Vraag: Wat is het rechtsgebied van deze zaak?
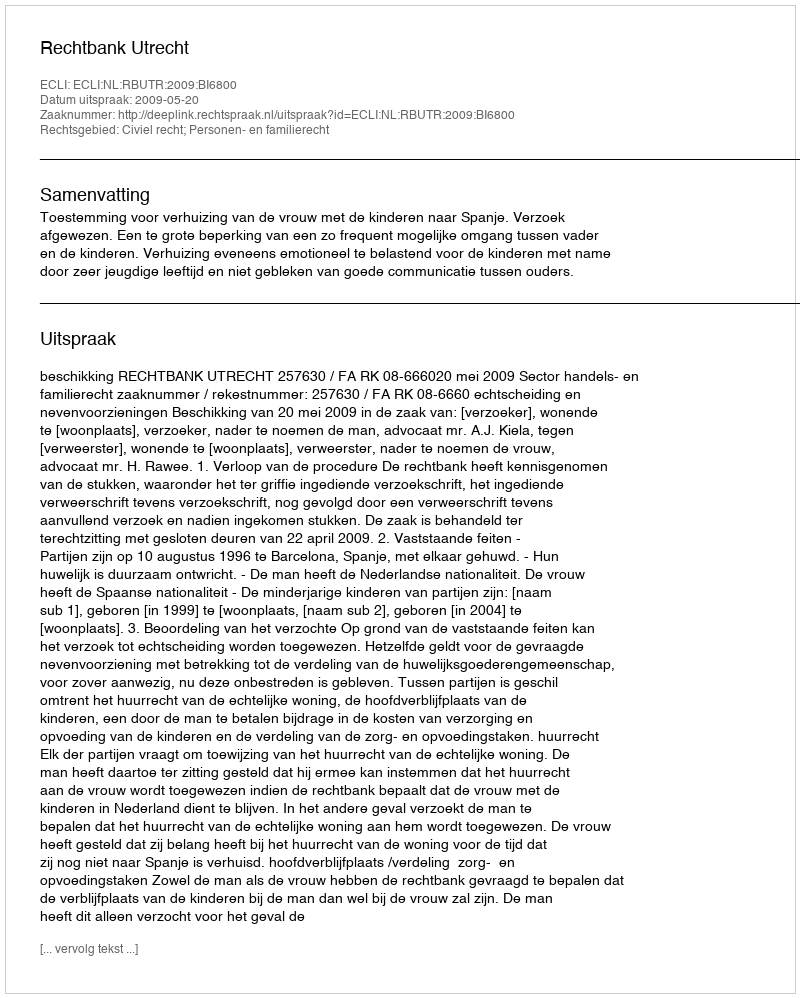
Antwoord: Civiel recht; Personen- en familierecht